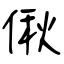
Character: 偢